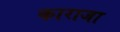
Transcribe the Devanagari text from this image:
काराजा